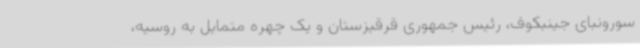
سورونبای جینبکوف، رئیس جمهوری قرقیزستان و یک چهره متمایل به روسیه،